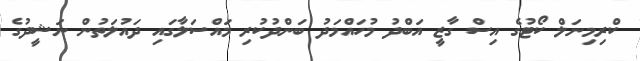
ކްރިމިނަލް ކޯޓުގެ އިސް ގާޒީ އަބްދު މުހައްމަދު ބަންދުކުރި މައްސަލާގައި ދައުލަތުން ނަޝީދުގެ